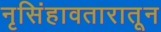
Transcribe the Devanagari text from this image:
नृसिंहावतारातून